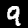
Label: 9